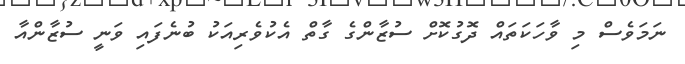
ނަމަވެސް މި ވާހަކަތައް ދޮގުކޮށް ސުޒާންގެ ގާތް އެކުވެރިއަކު ބުނެފައި ވަނީ ސުޒާންއާ